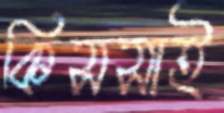
কিসসাই